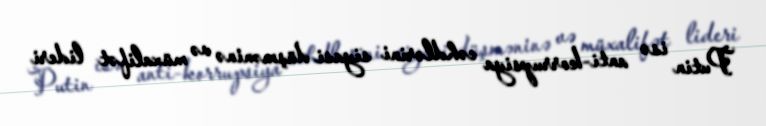
Putin isə anti-korrupsiya cəhdlərini siyasi düşməninə və müxalifət lideri